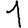
Digit: 1